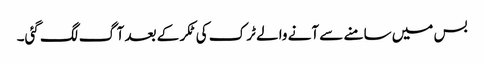
بس میں سامنے سے آنے والے ٹرک کی ٹکر کے بعد آگ لگ گئی۔